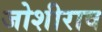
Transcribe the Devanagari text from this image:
जोशीराव